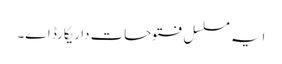
ایہ مسلسل فتوحات دا ریکارڈ ا‏‏ے۔